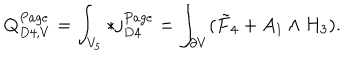
LaTeX: Q _ { D 4 , V } ^ { P a g e } = \int _ { V _ { 5 } } * j _ { D 4 } ^ { P a g e } = \int _ { \partial V } ( \tilde { F } _ { 4 } + A _ { 1 } \wedge H _ { 3 } ) .